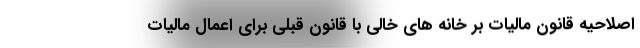
اصلاحیه قانون مالیات بر خانه های خالی با قانون قبلی برای اعمال مالیات